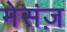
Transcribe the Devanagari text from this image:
मेसंज़